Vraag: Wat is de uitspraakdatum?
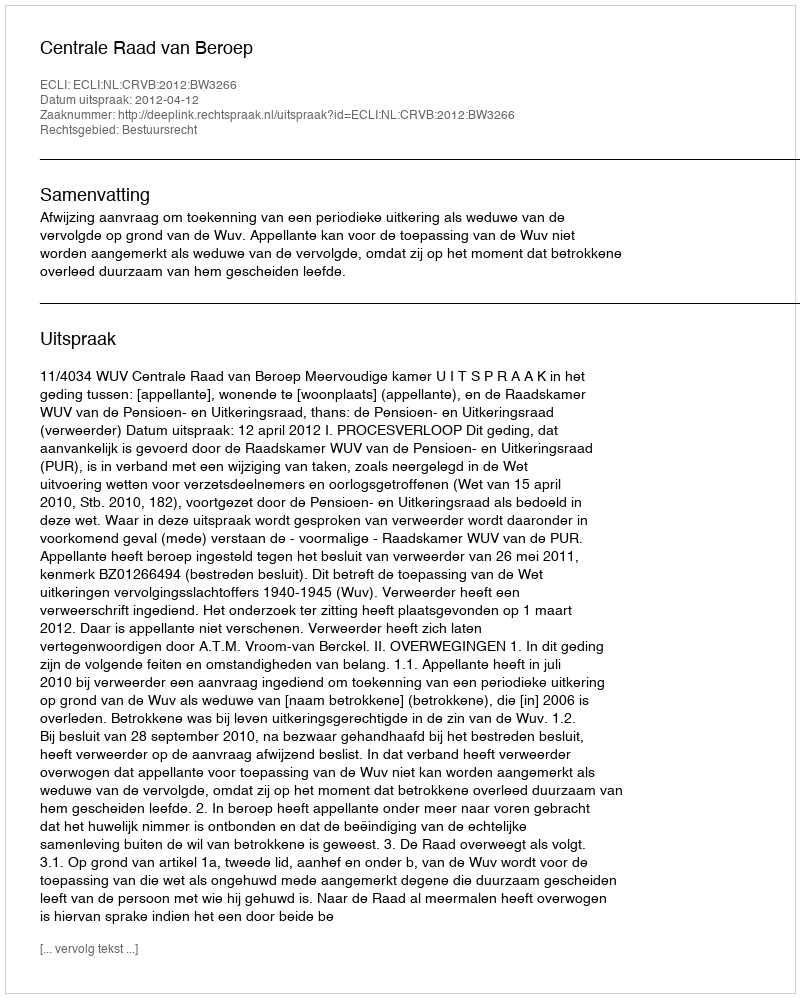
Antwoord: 2012-04-12